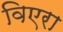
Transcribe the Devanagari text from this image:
विएरा